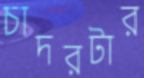
চাদরটার